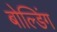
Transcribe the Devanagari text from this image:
बोल्डिंग